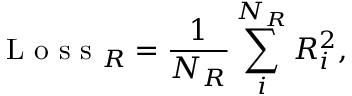
\mathrm { ~ L ~ o ~ s ~ s ~ } _ { R } = \frac { 1 } { N _ { R } } \sum _ { i } ^ { N _ { R } } R _ { i } ^ { 2 } ,